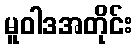
မူဝါဒအတိုင်း